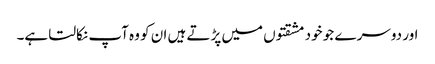
اور دوسر ے جو خود مشقتوں میں پڑتے ہیں ان کو وہ آپ نکالتا ہے۔